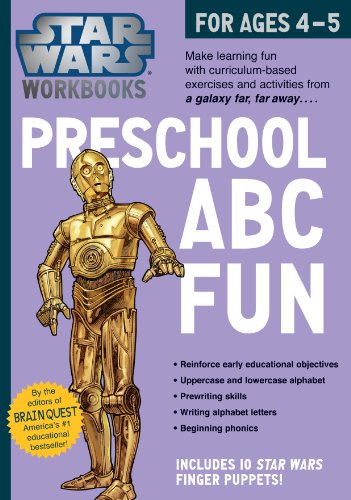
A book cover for Star Wars Workbook: Preschool ABC Fun; Workman Publishing; Children's Books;